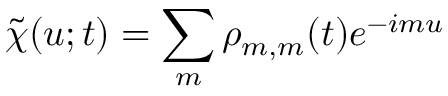
\tilde { \chi } ( u ; t ) = \sum _ { m } \rho _ { m , m } ( t ) e ^ { - i m u }